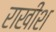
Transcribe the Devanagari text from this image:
राखीश